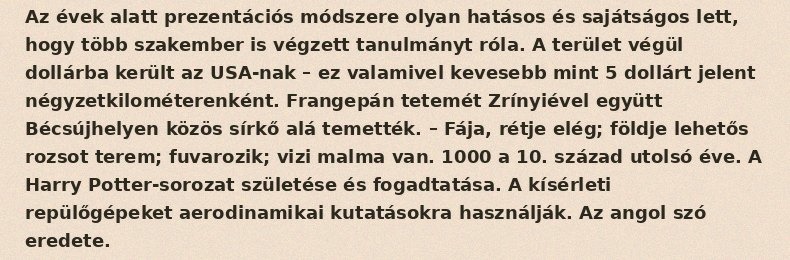
Az évek alatt prezentációs módszere olyan hatásos és sajátságos lett, hogy több szakember is végzett tanulmányt róla. A terület végül dollárba került az USA-nak – ez valamivel kevesebb mint 5 dollárt jelent négyzetkilométerenként. Frangepán tetemét Zrínyiével együtt Bécsújhelyen közös sírkő alá temették. – Fája, rétje elég; földje lehetős rozsot terem; fuvarozik; vizi malma van. 1000 a 10. század utolsó éve. A Harry Potter-sorozat születése és fogadtatása. A kísérleti repülőgépeket aerodinamikai kutatásokra használják. Az angol szó eredete.